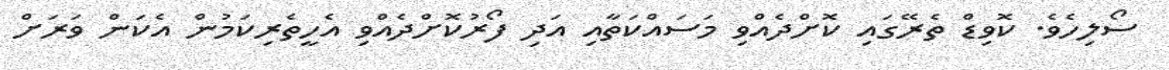
ސޯލިހެވެ. ކޮވިޑް ތެރޭގައި ކޮށްދެއްވި މަސައްކަތާއި އަދި ފޯރުކޮށްދެއްވި އެހީތެރިކަމުން އެކަން ވަރަށް